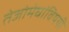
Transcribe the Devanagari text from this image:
तेजोमेघांविषयी